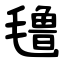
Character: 氇